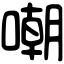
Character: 嘲